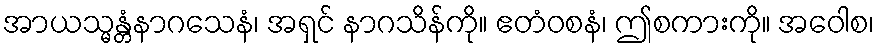
အာယသ္မန္တံနာဂသေနံ၊ အရှင် နာဂသိန်ကို။ ဧတံဝစနံ၊ ဤစကားကို။ အဝေါစ၊